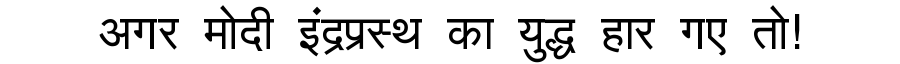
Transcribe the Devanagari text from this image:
अगर मोदी इंद्रप्रस्थ का युद्ध हार गए तो!